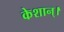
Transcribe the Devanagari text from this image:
केशान्।